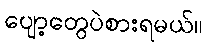
ပျော့တွေပဲစားရမယ်။